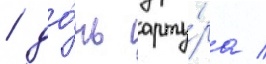
/ до́чь арту́ра /